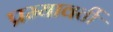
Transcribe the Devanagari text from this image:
प्रम्यावर्ती